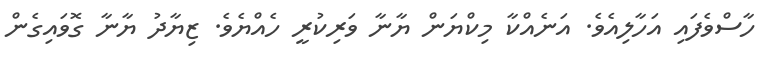
ހާސްވެފައި އަހާލިއެވެ. އަނެއްކާ މިކްޔަން ޔާނާ ވަރިކުރީ ހެއްޔެވެ. ޒިޔާދު ޔާނާ ގޮވައިގެން